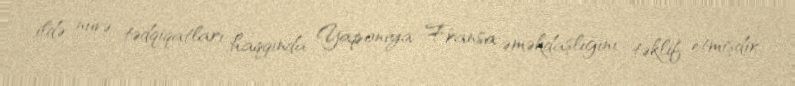
ildə nüvə tədqiqatları haqqında Yaponiya–Fransa əməkdaşlığını təklif etmişdir.